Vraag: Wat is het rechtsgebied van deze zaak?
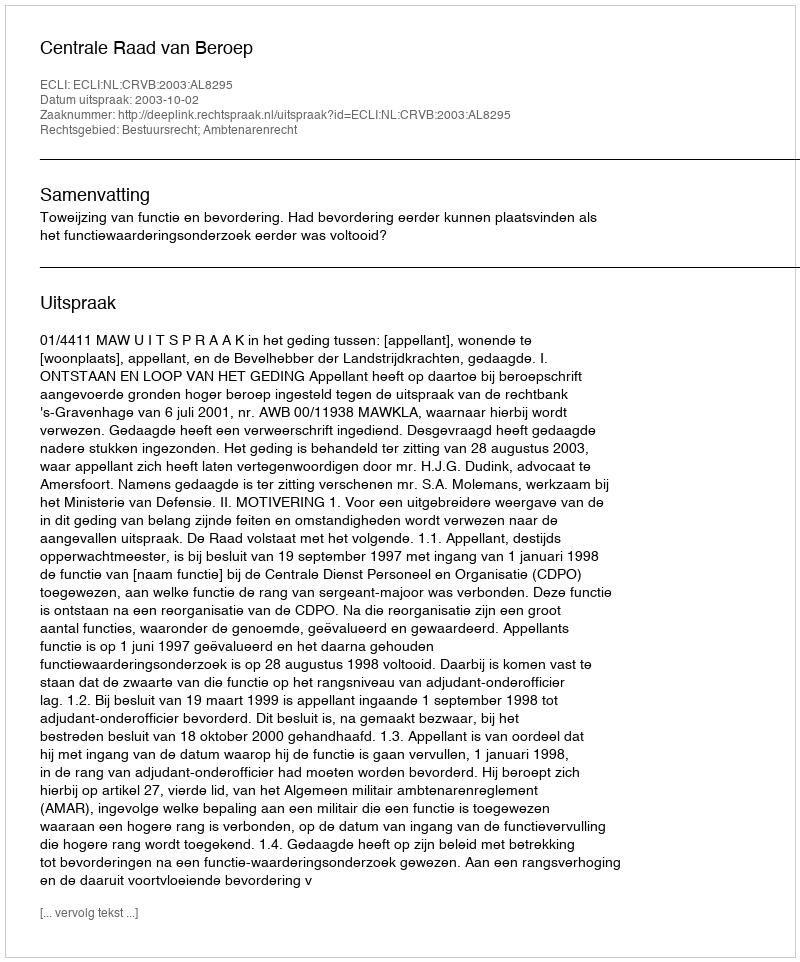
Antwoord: Bestuursrecht; Ambtenarenrecht